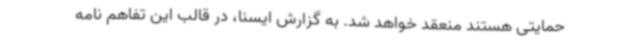
حمایتی هستند منعقد خواهد شد. به گزارش ایسنا، در قالب این تفاهم نامه